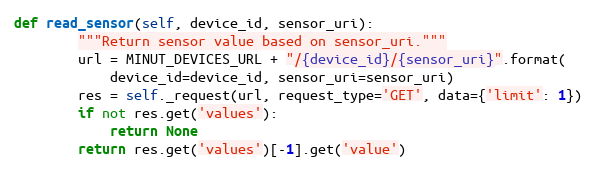
Language: Python
def read_sensor(self, device_id, sensor_uri):
        """Return sensor value based on sensor_uri."""
        url = MINUT_DEVICES_URL + "/{device_id}/{sensor_uri}".format(
            device_id=device_id, sensor_uri=sensor_uri)
        res = self._request(url, request_type='GET', data={'limit': 1})
        if not res.get('values'):
            return None
        return res.get('values')[-1].get('value')